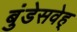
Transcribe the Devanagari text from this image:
बुंडेसवेह्